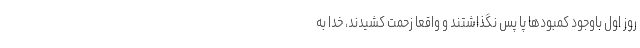
روز اول باوجود کمبودها پا پس نگذاشتند و واقعاً زحمت کشیدند، خدا به